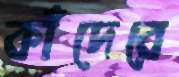
কাঁদেরে